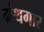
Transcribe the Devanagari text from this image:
ग्रंथगार